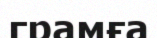
грамға